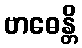
ဗာဓေန္တိ